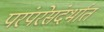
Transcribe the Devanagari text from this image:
परंपरेसंदर्भात